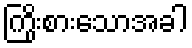
ကြိုးစားသောအခါ